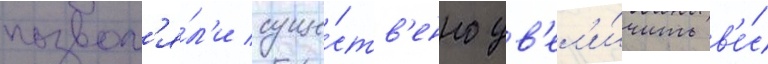
позвол'я́л'и суще́ств'енно ув'ел'и́чить в'е́с